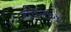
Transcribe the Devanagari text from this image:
रविनाथ